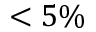
< 5 \%